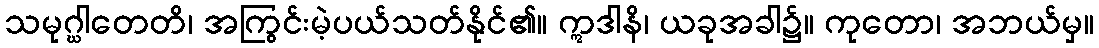
သမုဂ္ဃါတေတိ၊ အကြွင်းမဲ့ပယ်သတ်နိုင်၏။ ဣဒါနိ၊ ယခုအခါ၌။ ကုတော၊ အဘယ်မှ။